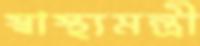
স্বাস্থ্যমন্ত্রী